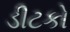
ડીટકો